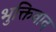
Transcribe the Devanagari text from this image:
भुक्तिवाद